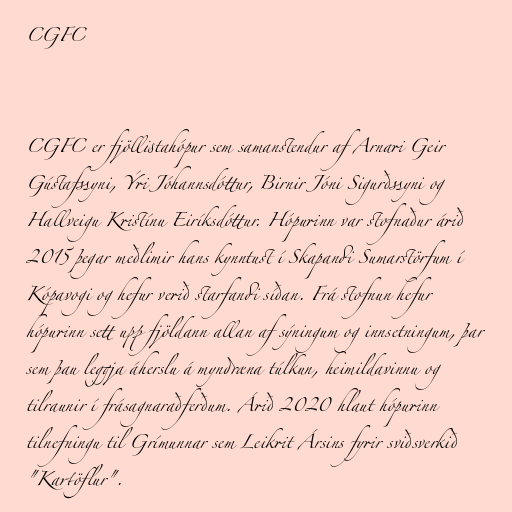
CGFC

CGFC er fjöllistahópur sem samanstendur af Arnari Geir
Gústafssyni, Ýri Jóhannsdóttur, Birnir Jóni Sigurðssyni og
Hallveigu Kristínu Eiríksdóttur. Hópurinn var stofnaður árið
2015 þegar meðlimir hans kynntust í Skapandi Sumarstörfum í
Kópavogi og hefur verið starfandi síðan. Frá stofnun hefur
hópurinn sett upp fjöldann allan af sýningum og innsetningum, þar
sem þau leggja áherslu á myndræna túlkun, heimildavinnu og
tilraunir í frásagnaraðferðum. Árið 2020 hlaut hópurinn
tilnefningu til Grímunnar sem Leikrit Ársins fyrir sviðsverkið
"Kartöflur".